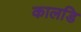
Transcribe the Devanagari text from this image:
कालडि